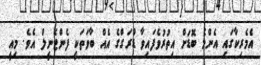
އެމެރިކާގައި އެންމެ ބޮޑަށް އިތުރުވެފައިވާ ޑްރަގްގެ އެއް ބާވަތަކީ ފެންޓެނީލް އެވެ. މިއީ